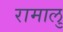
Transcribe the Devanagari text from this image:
रामालु